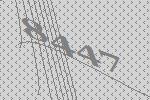
8447